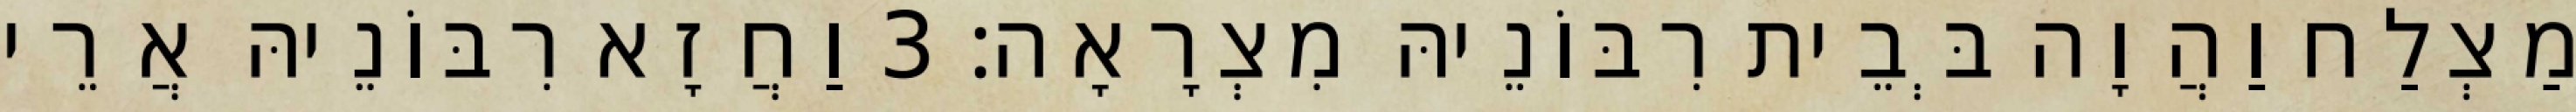
מַצְלַח וַהֲוָה בְּבֵית רִבּוֹנֵיהּ מִצְרָאָה׃ 3 וַחֲזָא רִבּוֹנֵיהּ אֲרֵי